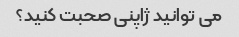
می توانید ژاپنی صحبت کنید؟